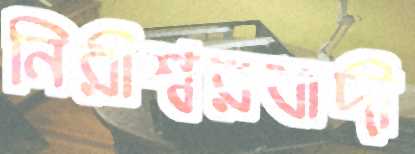
নিরীশ্বরবাদী